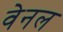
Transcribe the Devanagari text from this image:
वेनल